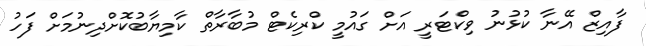
ފާއިޒް އޭނާ ކުޅުނު ވިކްޓަރީ އަށް ގައުމީ ކްރިކެޓް މުބާރާތް ކާމިޔާބުކޮށްދިނުމަށް ފަހު